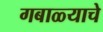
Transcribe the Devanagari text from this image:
गबाळ्याचे